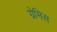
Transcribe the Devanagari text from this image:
ग्रेमिस